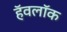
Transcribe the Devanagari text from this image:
हॅवलॉक